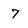
Character: 7